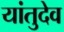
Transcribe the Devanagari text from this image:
यांतुदेव